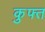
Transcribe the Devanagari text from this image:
कुफ्त